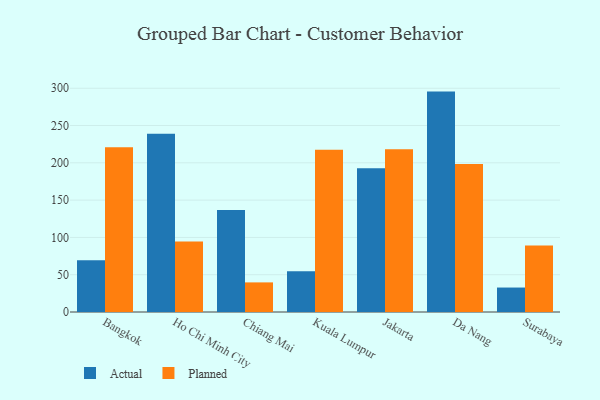
{"axis": {"x": "City", "y": "Net Income (USD K)"}, "legend": ["Actual", "Planned"], "data": [{"x": "Bangkok", "y": 69.3, "type": "Actual"}, {"x": "Bangkok", "y": 220.8, "type": "Planned"}, {"x": "Ho Chi Minh City", "y": 239.0, "type": "Actual"}, {"x": "Ho Chi Minh City", "y": 94.4, "type": "Planned"}, {"x": "Chiang Mai", "y": 136.8, "type": "Actual"}, {"x": "Chiang Mai", "y": 39.7, "type": "Planned"}, {"x": "Kuala Lumpur", "y": 54.8, "type": "Actual"}, {"x": "Kuala Lumpur", "y": 217.7, "type": "Planned"}, {"x": "Jakarta", "y": 192.7, "type": "Actual"}, {"x": "Jakarta", "y": 218.3, "type": "Planned"}, {"x": "Da Nang", "y": 295.5, "type": "Actual"}, {"x": "Da Nang", "y": 198.5, "type": "Planned"}, {"x": "Surabaya", "y": 32.8, "type": "Actual"}, {"x": "Surabaya", "y": 89.1, "type": "Planned"}]}